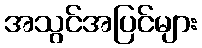
အသွင်အပြင်များ